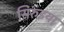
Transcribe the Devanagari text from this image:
सिरुइया